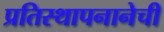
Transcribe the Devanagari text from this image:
प्रतिस्थापनानेची